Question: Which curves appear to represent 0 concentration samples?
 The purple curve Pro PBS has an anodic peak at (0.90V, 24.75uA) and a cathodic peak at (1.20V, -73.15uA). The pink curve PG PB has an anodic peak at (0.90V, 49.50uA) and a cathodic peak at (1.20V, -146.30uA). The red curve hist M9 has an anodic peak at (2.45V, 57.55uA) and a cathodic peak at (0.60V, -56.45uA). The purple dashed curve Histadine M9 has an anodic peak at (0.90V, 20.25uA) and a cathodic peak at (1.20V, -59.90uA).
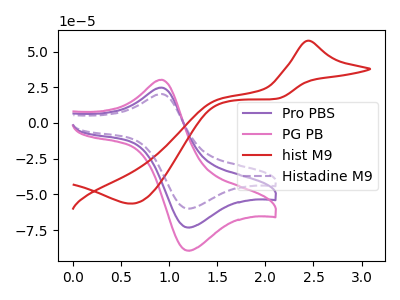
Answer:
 <answer>There are not any CV's on this graph that are likely to be blanks.</answer>
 <eval>none</eval>